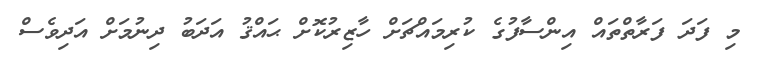
މި ފަދަ ފަރާތްތައް އިންސާފުގެ ކުރިމައްޗަށް ހާޒިރުކޮށް ޙައްޤު އަދަބު ދިނުމަށް އަދިވެސް